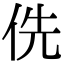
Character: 侁